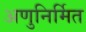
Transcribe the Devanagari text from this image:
अणुनिर्मित